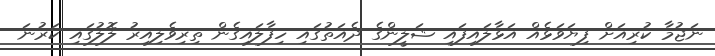
ނަޖުމާ ކުރިއަށް ފިޔަވަޅެއް އަޅާލައިފައި ޝަލީންގެ ދެއަތުގައި ހިފާލައިގެން ތިރިވެލިއިރު ލޮލުގައި ކަރުނަ